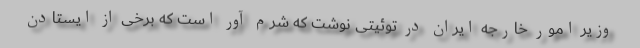
وزیر امور خارجه ایران در توئیتی نوشت که شرم آور است که برخی از ایستادن